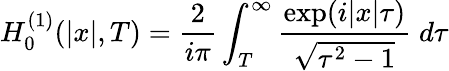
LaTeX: H_{0}^{(1)}(\vert x\vert,T)=\frac{2}{i\pi}\int_{T}^{\infty}\frac{\exp(i\vert x\vert\tau)}{\sqrt{\tau^{2}-1}}\; d\tau